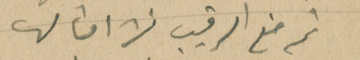
ثم منع الرقيب نشر امثالها